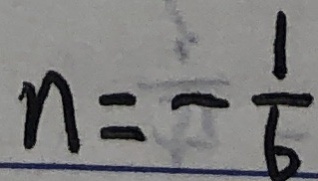
n = - \frac { 1 } { 6 }